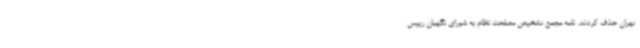
تهران حذف کردند. نامه مجمع تشخیص مصلحت نظام به شورای نگهبان رییس